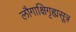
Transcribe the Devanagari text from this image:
लौगाक्षिगृह्यसूत्र